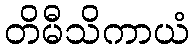
တိမီသိကာယံ